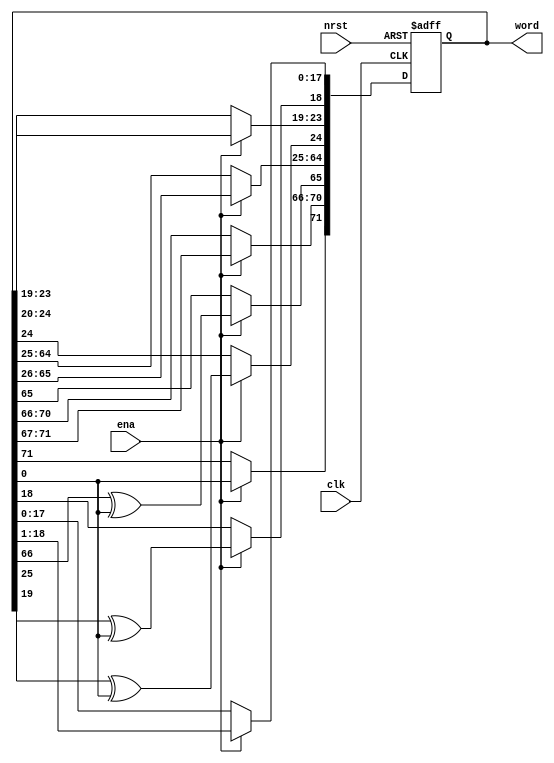
module rw_manager_lfsr72(
	clk, 
	nrst, 
	ena, 
	word
);

	input clk;
	input nrst;
	input ena;
	output reg [71:0] word;

	always @(posedge clk or negedge nrst) begin
		if(~nrst) begin
			word <= 72'hAAF0F0AA55F0F0AA55;
		end
		else if(ena) begin
			word[71] <= word[0];
			word[70:66] <= word[71:67];
			word[65] <= word[66] ^ word[0];
			word[64:25] <= word[65:26];
			word[24] <= word[25] ^ word[0];
			word[23:19] <= word[24:20];
			word[18] <= word[19] ^ word[0];
			word[17:0] <= word[18:1];
		end
	end

endmodule